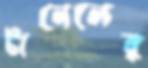
টানেলের